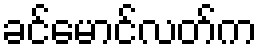
ခင်မောင်လတ်က